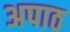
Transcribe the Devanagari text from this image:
अपाठ